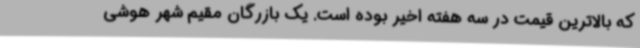
که بالاترین قیمت در سه هفته اخیر بوده است. یک بازرگان مقیم شهر هوشی